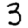
Digit: 3